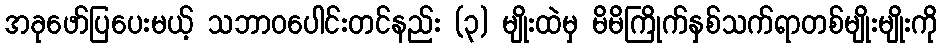
အခုဖော်ပြပေးမယ့် သဘာဝပေါင်းတင်နည်း (၃) မျိုးထဲမှ မိမိကြိုက်နှစ်သက်ရာတစ်မျိုးမျိုးကို